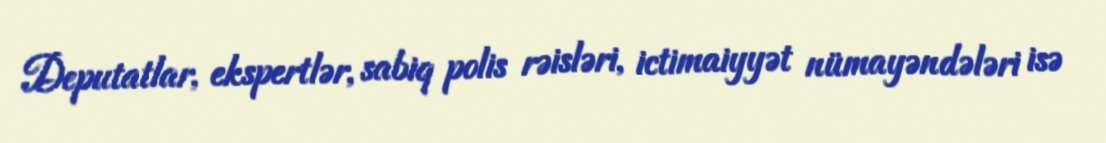
Deputatlar, ekspertlər, sabiq polis rəisləri, ictimaiyyət nümayəndələri isə